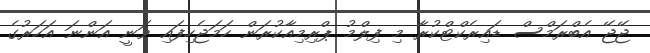
ޖޭޖޭ އެބްރަމްސް ޑައިރެކްޓްކުރާ މި ފިލްމު ޕްރިމިއާކުރަން ހަމަޖެހިފައި ވަނީ އަންނަ އަހަރުގެ